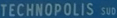
TECHNOPOLIS SUD